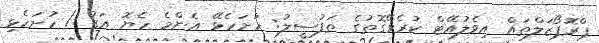
ޕްރޮޕޯޒަލްތައް އިވެލުއޭޓް ކުރެވޭގޮތުގެ ތަފުސީލު: ހުށަހެޅޭ އެންމެ ހެޔޮ އަގު / ހުށަހެޅި